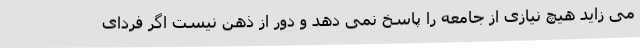
می زاید هیچ نیازی از جامعه را پاسخ نمی دهد و دور از ذهن نیست اگر فردای